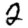
Digit: 2